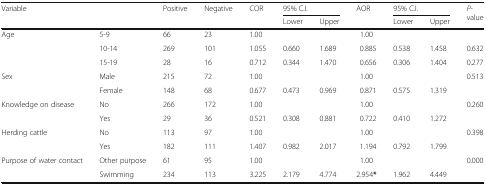
<table><thead><tr><td rowspan="2"><b>Variable</b></td><td rowspan="2"></td><td rowspan="2"><b>Positive</b></td><td rowspan="2"><b>Negative</b></td><td rowspan="2"><b>COR</b></td><td colspan="2"><b>95% C.I.</b></td><td rowspan="2"><b>AOR</b></td><td colspan="2"><b>95% C.I.</b></td><td rowspan="2"><b><i>P</i>-value</b></td></tr><tr><td><b>Lower</b></td><td><b>Upper</b></td><td><b>Lower</b></td><td><b>Upper</b></td></tr></thead><tbody><tr><td>Age</td><td>5-9</td><td>66</td><td>23</td><td>1.00</td><td></td><td></td><td>1.00</td><td></td><td></td><td></td></tr><tr><td></td><td>10-14</td><td>269</td><td>101</td><td>1.055</td><td>0.660</td><td>1.689</td><td>0.885</td><td>0.538</td><td>1.458</td><td>0.632</td></tr><tr><td></td><td>15-19</td><td>28</td><td>16</td><td>0.712</td><td>0.344</td><td>1.470</td><td>0.656</td><td>0.306</td><td>1.404</td><td>0.277</td></tr><tr><td>Sex</td><td>Male</td><td>215</td><td>72</td><td>1.00</td><td></td><td></td><td>1.00</td><td></td><td></td><td rowspan="2">0.513</td></tr><tr><td></td><td>Female</td><td>148</td><td>68</td><td>0.677</td><td>0.473</td><td>0.969</td><td>0.871</td><td>0.575</td><td>1.319</td></tr><tr><td>Knowledge on disease</td><td>No</td><td>266</td><td>172</td><td>1.00</td><td></td><td></td><td>1.00</td><td></td><td></td><td rowspan="2">0.260</td></tr><tr><td></td><td>Yes</td><td>29</td><td>36</td><td>0.521</td><td>0.308</td><td>0.881</td><td>0.722</td><td>0.410</td><td>1.272</td></tr><tr><td>Herding cattle</td><td>No</td><td>113</td><td>97</td><td>1.00</td><td></td><td></td><td>1.00</td><td></td><td></td><td rowspan="2">0.398</td></tr><tr><td></td><td>Yes</td><td>182</td><td>111</td><td>1.407</td><td>0.982</td><td>2.017</td><td>1.194</td><td>0.792</td><td>1.799</td></tr><tr><td>Purpose of water contact</td><td>Other purpose</td><td>61</td><td>95</td><td>1.00</td><td></td><td></td><td>1.00</td><td></td><td></td><td rowspan="2">0.000</td></tr><tr><td></td><td>Swimming</td><td>234</td><td>113</td><td>3.225</td><td>2.179</td><td>4.774</td><td>2.954<b>*</b></td><td>1.962</td><td>4.449</td></tr></tbody></table>